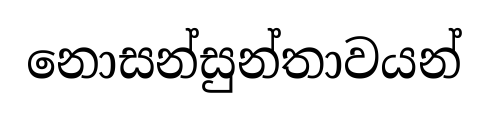
නොසන්සුන්තාවයන්